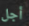
أجل